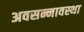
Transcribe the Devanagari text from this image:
अवसन्नावस्था